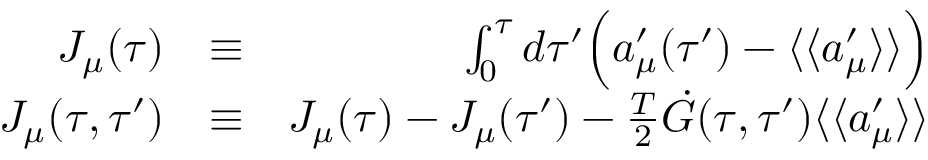
\begin{array} { r l r } { J _ { \mu } ( \tau ) } & { \equiv } & { \int _ { 0 } ^ { \tau } d \tau ^ { \prime } \Bigl ( a _ { \mu } ^ { \prime } ( \tau ^ { \prime } ) - \langle \langle a _ { \mu } ^ { \prime } \rangle \rangle \Bigr ) } \\ { { \cal J } _ { \mu } ( \tau , \tau ^ { \prime } ) } & { \equiv } & { J _ { \mu } ( \tau ) - J _ { \mu } ( \tau ^ { \prime } ) - \frac { T } { 2 } \dot { G } ( \tau , \tau ^ { \prime } ) \langle \langle a _ { \mu } ^ { \prime } \rangle \rangle } \end{array}